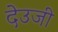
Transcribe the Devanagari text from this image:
देउजी